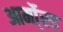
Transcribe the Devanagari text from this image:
आर्मो्रड